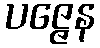
ပဇ္ဇေန